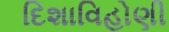
દિશાવિહોણી